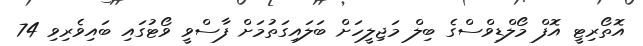
އޮތޯރިޓީ އޮފް މޯލްޑިވްސްގެ ބިލް މަޖިލީހަށް ބަލައިގަތުމަށް ފާސްވީ ވޯޓުގައި ބައިވެރިވި 74